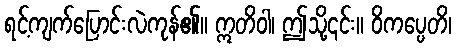
ရင့်ကျက်ပြောင်းလဲကုန်၏။ ဣတိဝါ၊ ဤသို့၎င်း။ ဝိကပ္ပေတိ၊